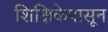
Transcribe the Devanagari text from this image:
शिक्षिकेपासून